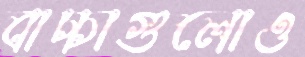
বাচ্চাগুলোও